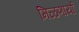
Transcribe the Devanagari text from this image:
मिळणार्या